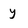
Character: y